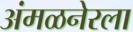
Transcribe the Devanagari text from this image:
अंमळनेरला